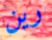
رين